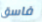
فاسق